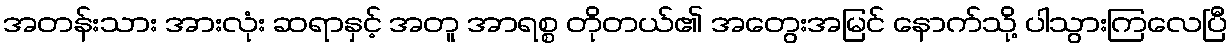
အတန်းသား အားလုံး ဆရာနှင့် အတူ အာရစ္စ တိုတယ်၏ အတွေးအမြင် နောက်သို့ ပါသွားကြလေပြီ